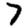
Digit: 7